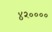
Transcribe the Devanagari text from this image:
४२००००